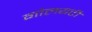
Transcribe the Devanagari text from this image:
गोलयटी